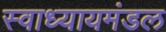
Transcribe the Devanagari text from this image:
स्वाध्यायमंडल